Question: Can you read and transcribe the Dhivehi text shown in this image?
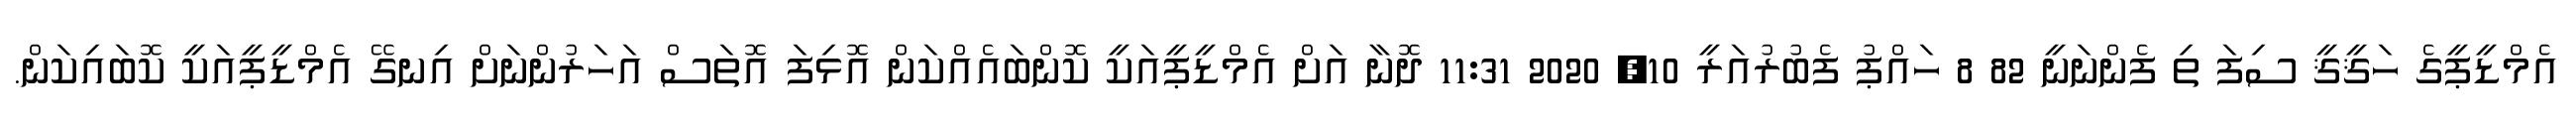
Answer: އެމްޑީޕީގެ ހަޤީޤީ ސިފަ ތި ފެންނަނީ 82 8 ހައްޕު ފެބުރުއަރީ 10, 2020 11:31 ދޮނާ އަށް އެމްޑީޕީއަކީ ކޮންބައެއްކަން އޮޅިފަ އޮތަސް އަހަރުންނަށް އިނގޭ އެމްޑީޕީއަކީ ކޮބައިކަން.